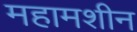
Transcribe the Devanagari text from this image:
महामशीन